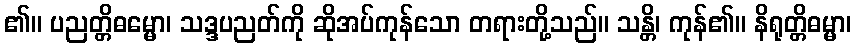
၏။ ပညတ္တိဓမ္မော၊ သဒ္ဒပညတ်ကို ဆိုအပ်ကုန်သော တရားတို့သည်။ သန္တိ၊ ကုန်၏။ နိရုတ္တိဓမ္မာ၊